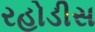
રહોડીસ